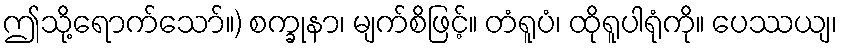
ဤသို့ရောက်သော်။) စက္ခုနာ၊ မျက်စိဖြင့်။ တံရူပံ၊ ထိုရူပါရုံကို။ ပေဿယျ၊